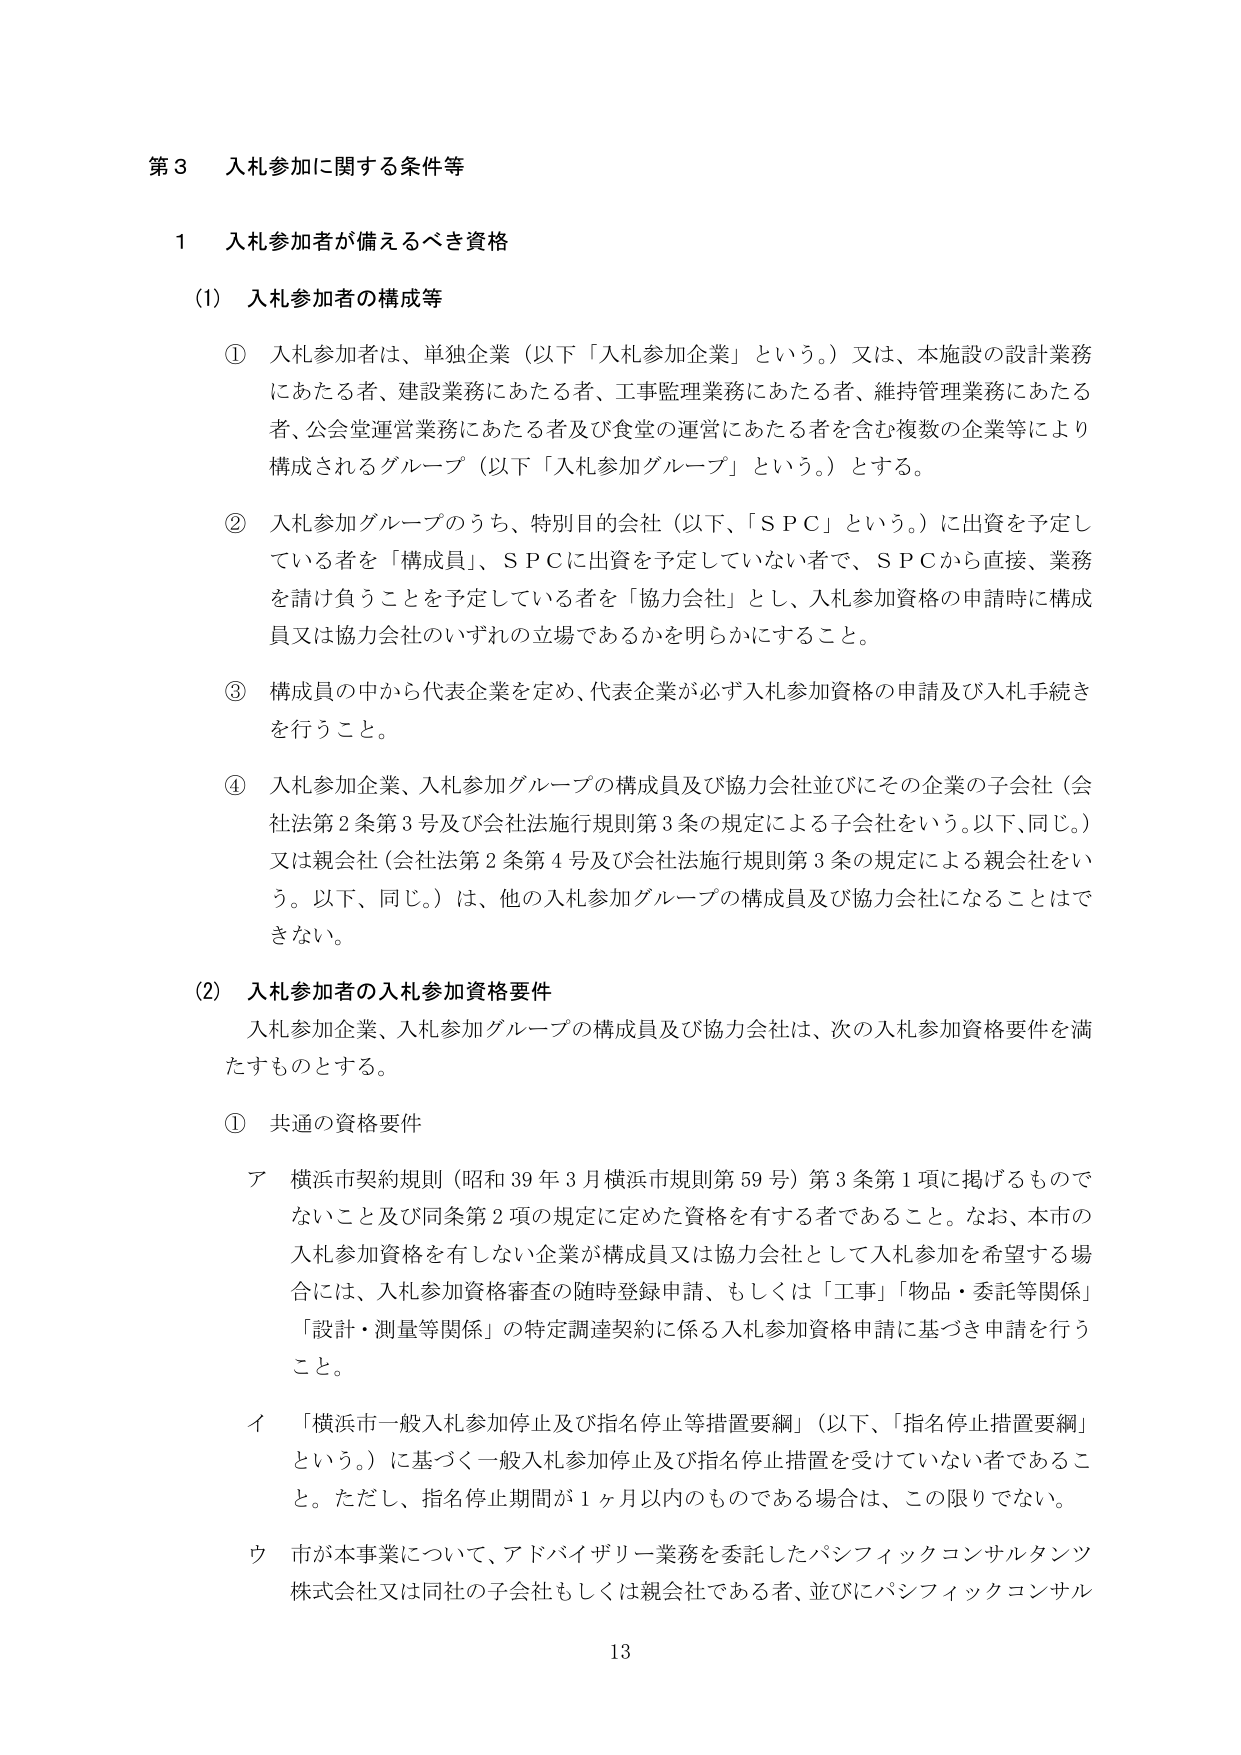
第３ 入札参加に関する条件等

１ 入札参加者が備えるべき資格

(1) 入札参加者の構成等

① 入札参加者は、単独企業（以下「入札参加企業」という。）又は、本施設の設計業務にあたる者、建設業務にあたる者、工事監理業務にあたる者、維持管理業務にあたる者、公会堂運営業務にあたる者及び食堂の運営にあたる者を含む複数の企業等により構成されるグループ（以下「入札参加グループ」という。）とする。

② 入札参加グループのうち、特別目的会社（以下、「ＳＰＣ」という。）に出資を予定している者を「構成員」、ＳＰＣに出資を予定していない者で、ＳＰＣから直接、業務を請け負うことを予定している者を「協力会社」とし、入札参加資格の申請時に構成員又は協力会社のいずれの立場であるかを明らかにすること。

③ 構成員の中から代表企業を定め、代表企業が必ず入札参加資格の申請及び入札手続きを行うこと。

④ 入札参加企業、入札参加グループの構成員及び協力会社並びにその企業の子会社（会社法第２条第３号及び会社法施行規則第３条の規定による子会社をいう。以下、同じ。）又は親会社（会社法第２条第４号及び会社法施行規則第３条の規定による親会社をいう。以下、同じ。）は、他の入札参加グループの構成員及び協力会社になることはできない。

(2) 入札参加者の入札参加資格要件

入札参加企業、入札参加グループの構成員及び協力会社は、次の入札参加資格要件を満たすものとする。

① 共通の資格要件

ア 横浜市契約規則（昭和39年3月横浜市規則第59号）第3条第1項に掲げるものをないこと及び同条第2項の規定に定めた資格を有する者であること。なお、本市の入札参加資格を有しない企業が構成員又は協力会社として入札参加を希望する場合には、入札参加資格審査の随時登録申請、もしくは「工事」「物品・委託等関係」「設計・測量等関係」の特定調達契約に係る入札参加資格申請に基づき申請を行うこと。

イ 「横浜市一般入札参加停止及び指名停止等措置要綱」（以下、「指名停止措置要綱」という。）に基づく一般入札参加停止及び指名停止措置を受けていない者であること。ただし、指名停止期間が1ヶ月以内のものである場合は、この限りでない。

ウ 市が本事業について、アドバイザリー業務を委託したパシフィックコンサルタンツ株式会社又は同社の子会社もしくは親会社である者、並びにパシフィックコンサル

13